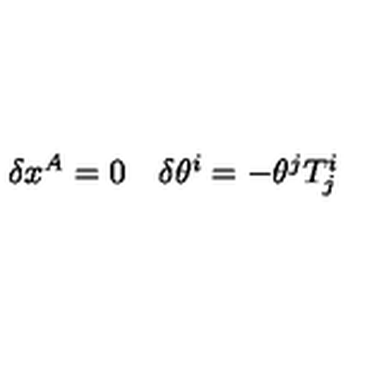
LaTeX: \begin{array} { c c } { \delta x ^ { A } = 0 } & { \delta \theta ^ { i } = - \theta ^ { j } T _ { j } ^ { i } } \\ \end{array}